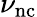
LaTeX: \nu_{\mathrm{nc}}